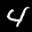
Label: 4